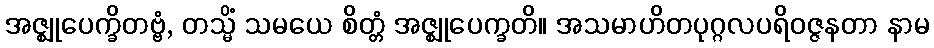
အဇ္ဈုပေက္ခိတဗ္ဗံ, တသ္မိံ သမယေ စိတ္တံ အဇ္ဈုပေက္ခတိ။ အသမာဟိတပုဂ္ဂလပရိဝဇ္ဇနတာ နာမ